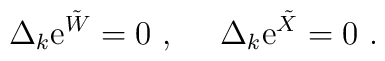
\Delta_k {\rm e}^{{\tilde{W}}} = 0 ~,~\quad \Delta_k{\rm e}^{{\tilde{X}}}=0 ~.